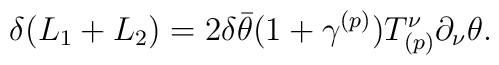
\delta (L_1 + L_2) = 2\delta \bar\theta (1 + \gamma^{(p)}) T^\nu_{(p)} \partial_\nu\theta.